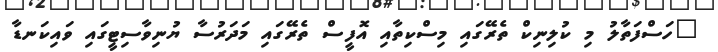
"ހަސްފަތާލު މި ކުލިނިކް ތެރޭގައި މިސްކިތާއި އޮފީސް ތެރޭގައި މަަދަރުސާ ޔުނިވާސިޓީގައި ވައިކަނޑާ